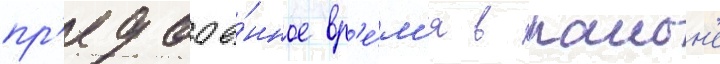
пр'едвое́нное вр'е́м'я в раион'е